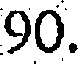
90.